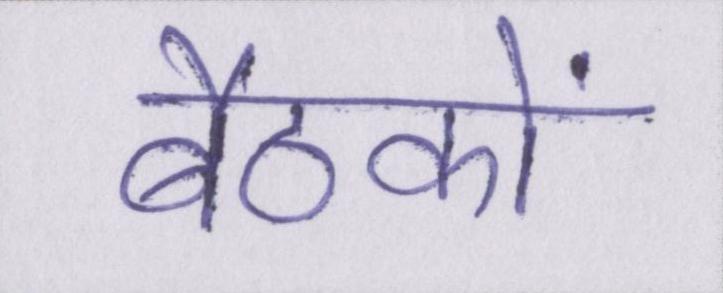
बैठकों